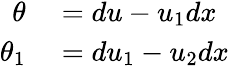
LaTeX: \begin{array}{rl}{\theta}&{{}=du-u_{1}dx}\\ {\theta_{1}}&{{}=du_{1}-u_{2}dx}\end{array}